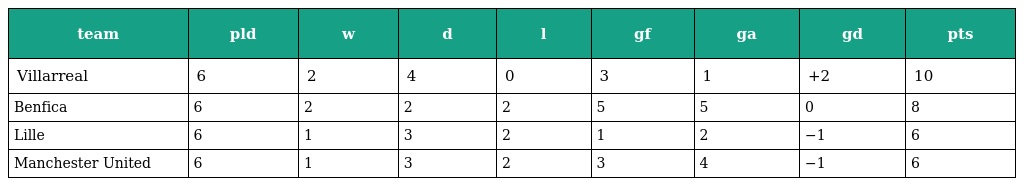
| team | pld | w | d | l | gf | ga | gd | pts |
 | --- | --- | --- | --- | --- | --- | --- | --- | --- |
 | Villarreal | 6 | 2 | 4 | 0 | 3 | 1 | +2 | 10 |
 | Benfica | 6 | 2 | 2 | 2 | 5 | 5 | 0 | 8 |
 | Lille | 6 | 1 | 3 | 2 | 1 | 2 | −1 | 6 |
 | Manchester United | 6 | 1 | 3 | 2 | 3 | 4 | −1 | 6 |